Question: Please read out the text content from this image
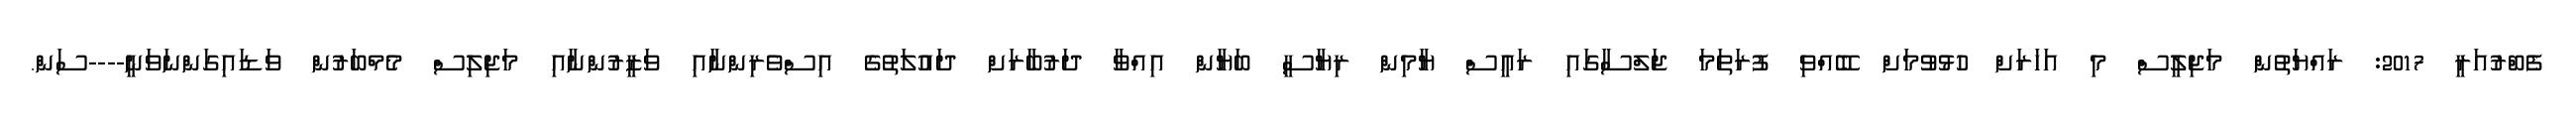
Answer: ފެބްރުއަރީ 2017: ރައްޔަތުން މަޖިލީސް މި އަހަރަށް ހުޅުވުމަށް ބޭއްވި ފުރަތަމަ ޖަލްސާގައި ރައީސް ޔާމިން ރިޔާސީ ބަޔާން އިއްވާ ދަރުބާރަށް ދައުލަތުގެ އިސްވެރިންނާއި ވަޒީރުންނާއި މަޖިލިސް މެމްބަރުން ވަޑައިގަންނަވަނީ----ސަން.